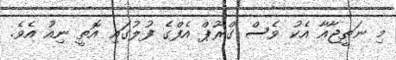
މި ނަތީޖާއާ އެކު ވެސް ގްރޫޕް އެފްގެ ފުލުގައި އޮތީ ނިއު އެވެ.